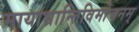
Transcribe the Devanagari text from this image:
मायाभ्रान्तिविमोचनम्